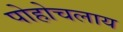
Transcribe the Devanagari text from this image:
पोहोचलाय